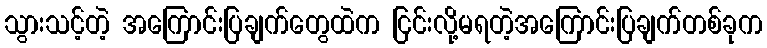
သွားသင့်တဲ့ အကြောင်းပြချက်တွေထဲက ငြင်းလို့မရတဲ့အကြောင်းပြချက်တစ်ခုက